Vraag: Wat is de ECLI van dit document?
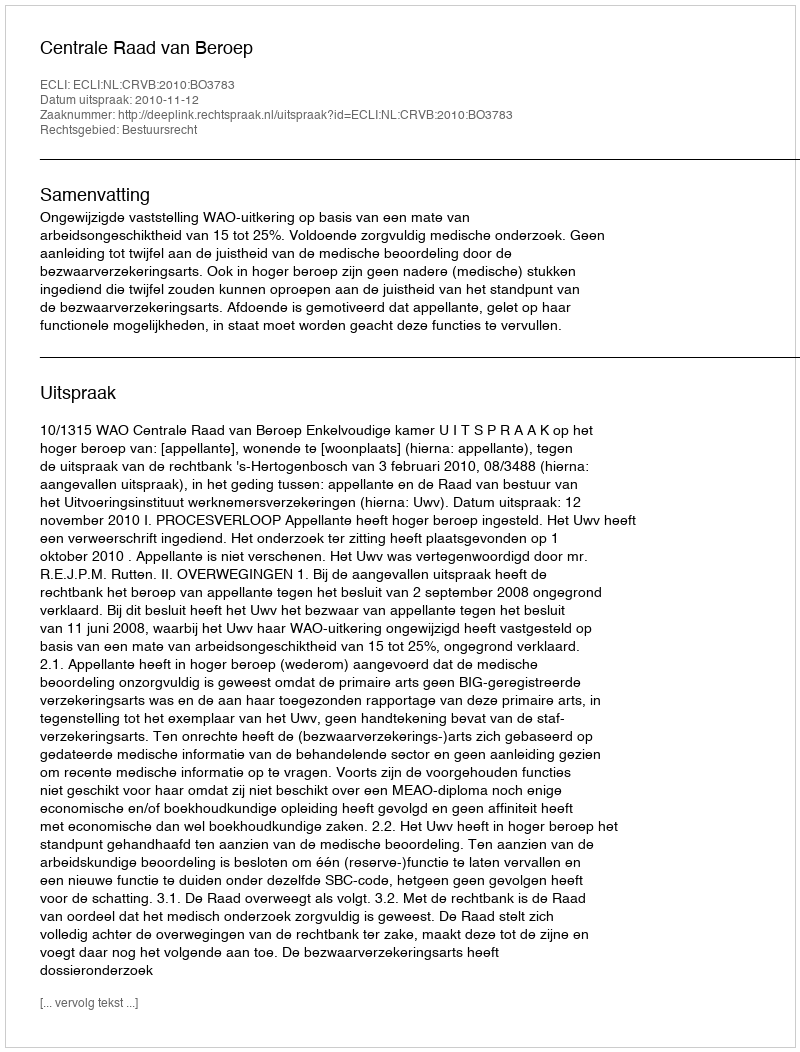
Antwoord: ECLI:NL:CRVB:2010:BO3783